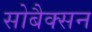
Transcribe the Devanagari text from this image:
सोबैक्सन